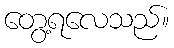
တွေ့ရလေသည်။